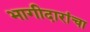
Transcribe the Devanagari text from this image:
भागीदारांचा